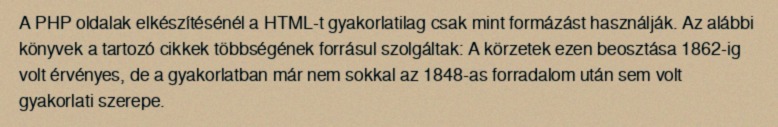
A PHP oldalak elkészítésénél a HTML-t gyakorlatilag csak mint formázást használják. Az alábbi könyvek a tartozó cikkek többségének forrásul szolgáltak: A körzetek ezen beosztása 1862-ig volt érvényes, de a gyakorlatban már nem sokkal az 1848-as forradalom után sem volt gyakorlati szerepe.